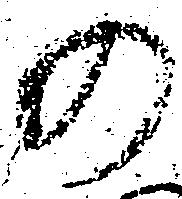
の